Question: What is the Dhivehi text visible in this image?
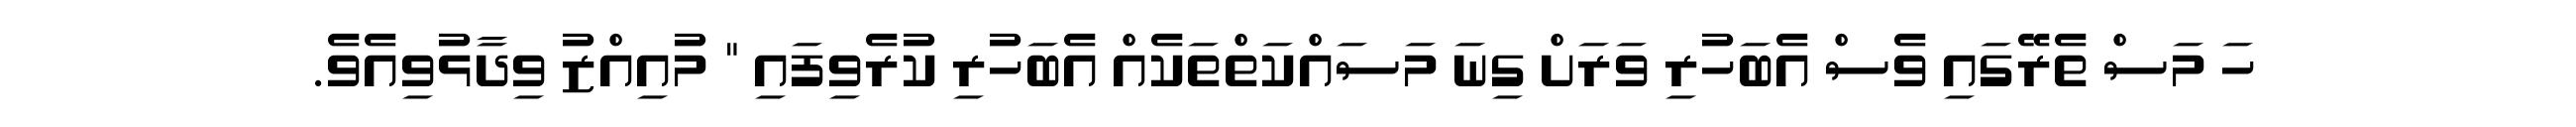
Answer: ހަ މަސް ތެރޭގައި ވެސް އެބަހުރި ވަރަށް ގިނަ މަސައްކަތްތަކެއް އެބަހުރި ކުރެވިފައި " މުއިއްޒު ވިދާޅުވިއެވެ.